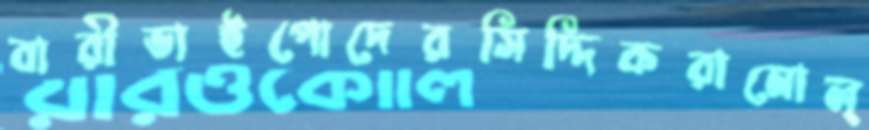
বারীভাইপোদেরসিদ্দিকরামোল্